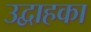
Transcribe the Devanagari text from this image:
उद्वाहका